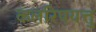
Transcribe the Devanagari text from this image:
कलरिपयत्तु